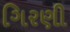
ગિરણી